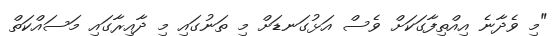
"މި ވެދާނެ އިއްތިފާގަކަށް ވެސް އަޅުގަނޑަށް މި ތަނުގައި މި ދާއިރާގައި މަސައްކަތް